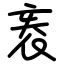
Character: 袠